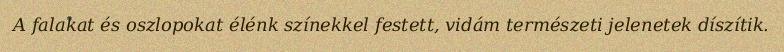
A falakat és oszlopokat élénk színekkel festett, vidám természeti jelenetek díszítik.